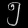
Digit: ၅